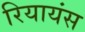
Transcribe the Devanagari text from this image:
रियायंस